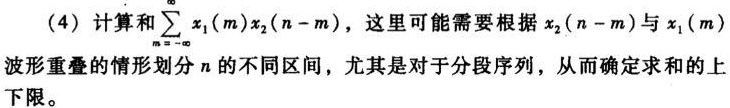
(4) 计算和$\sum_{m = -\infty}^{\infty} x_1(m)x_2(n - m)$，这里可能需要根据$x_2(n - m)$与$x_1(m)$波形重叠的情形划分$n$的不同区间，尤其是对于分段序列，从而确定求和的上下限。